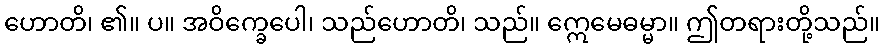
ဟောတိ၊ ၏။ ပ။ အဝိက္ခေပေါ၊ သည်ဟောတိ၊ သည်။ ဣေမေဓမ္မာ။ ဤတရားတို့သည်။